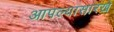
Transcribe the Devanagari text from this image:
आपल्यासारखे